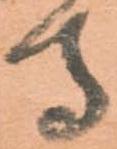
守